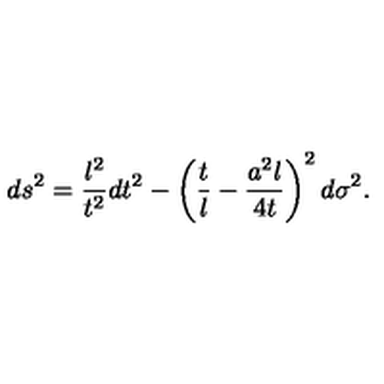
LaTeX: d s ^ { 2 } = \frac { l ^ { 2 } } { t ^ { 2 } } d t ^ { 2 } - \left( \frac t l - \frac { a ^ { 2 } l } { 4 t } \right) ^ { 2 } d \sigma ^ { 2 } .